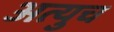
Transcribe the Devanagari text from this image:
अत्युच